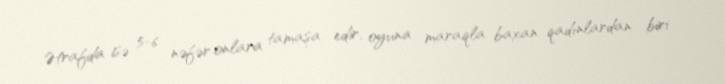
Ətrafda isə 5-6 nəfər onlara tamaşa edir, oyuna maraqla baxan qadınlardan biri